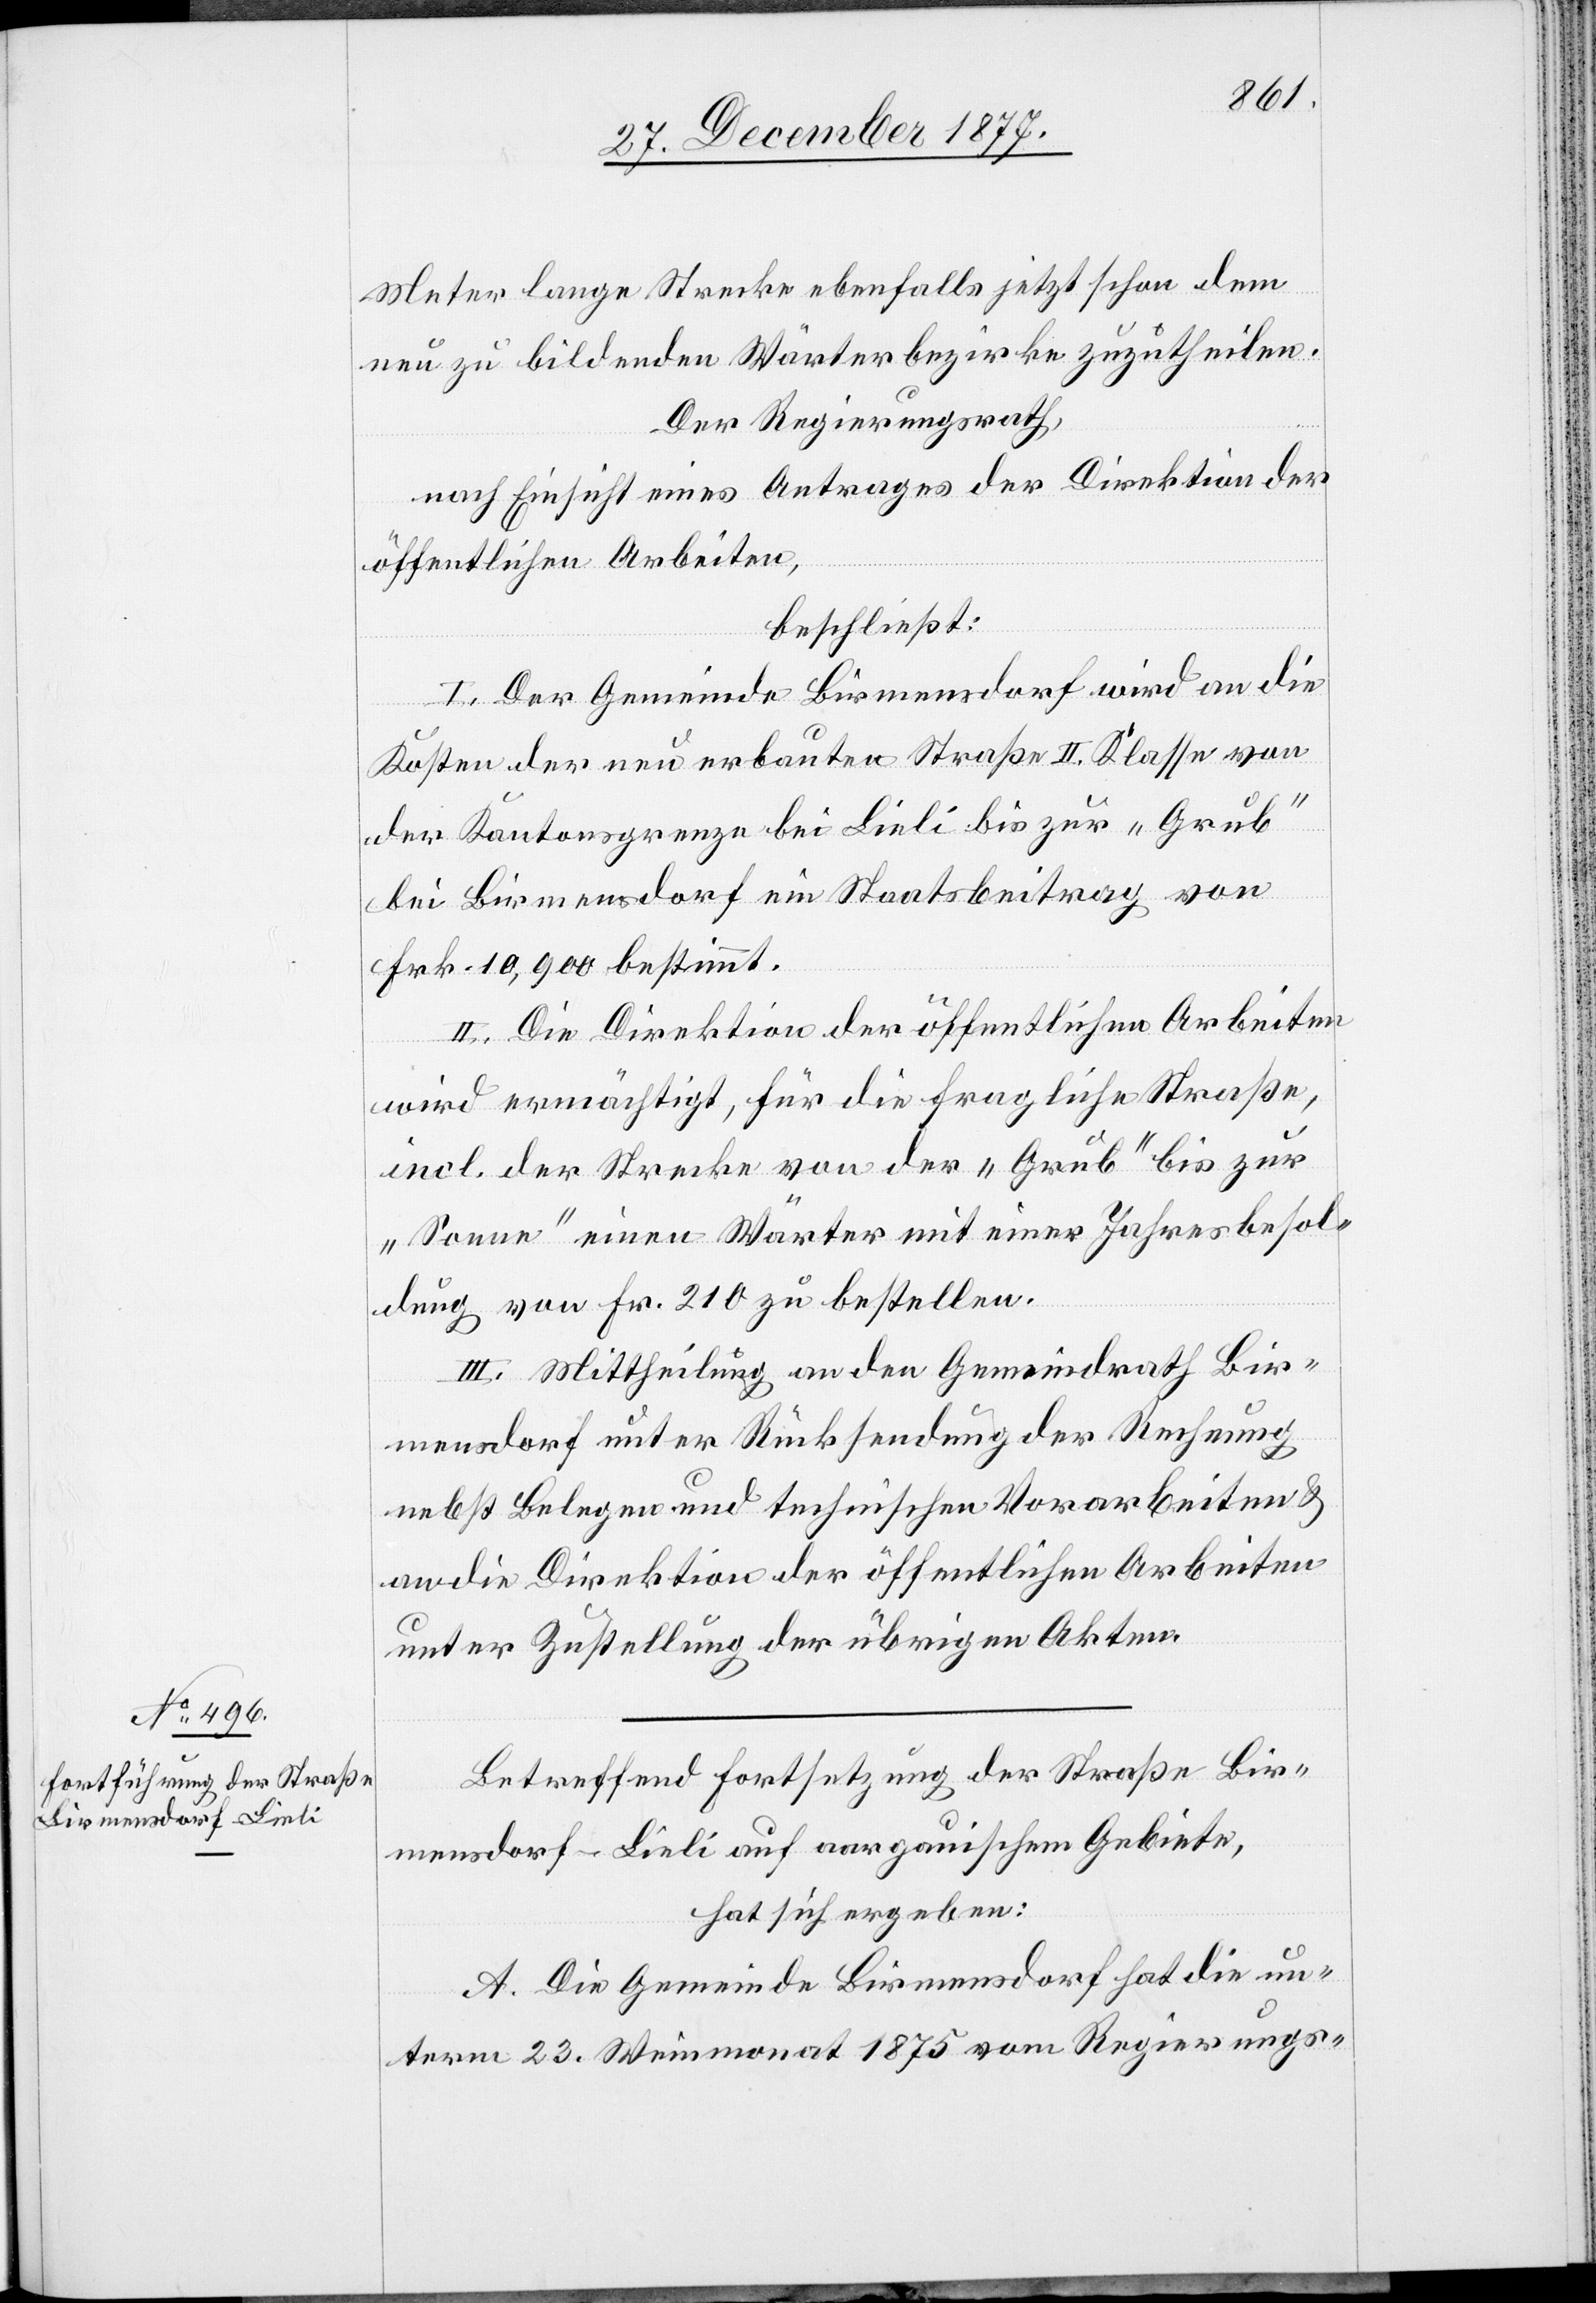
Meter lange Strecke ebenfalls jetzt schon dem
neu zu bildenden Wärterbezirke zuzutheilen.
Der Regierungsrath,
nach Einsicht eines Antrages der Direktion der
öffentlichen Arbeiten,
beschließt:
I. Der Gemeinde Birmensdorf wird an die
Kosten der neu erbauten Straße II. Klasse von
der Kantonsgrenze bei Lieli bis zur „Grub“
bei Birmensdorf ein Staatsbeitrag von
Frk. 10,900 bestimmt.
II. Die Direktion der öffentlichen Arbeiten
wird ermächtigt, für die fragliche Straße,
incl. der Strecke von der „Grub“ bis zur
„Sonne“ einen Wärter mit einer Jahresbesol¬
dung von Fr. 210 zu bestellen.
III. Mittheilung an den Gemeindrath Bir¬
mensdorf unter Rücksendung der Rechnung
nebst Belegen und technischen Vorarbeiten &
an die Direktion der öffentlichen Arbeiten
unter Zustellung der übrigen Akten.
Betreffend Fortsetzung der Straße Bir¬
mensdorf–Lieli auf aargauischem Gebiete,
hat sich ergeben:
A. Die Gemeinde Birmensdorf hat die un¬
term 23. Weinmonat 1875 vom Regierungs-